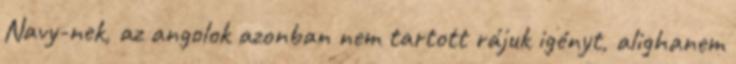
Navy-nek, az angolok azonban nem tartott rájuk igényt, alighanem